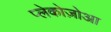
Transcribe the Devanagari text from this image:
प्लेकोज़ोआ